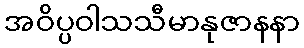
အဝိပ္ပဝါသသီမာနုဇာနနာ